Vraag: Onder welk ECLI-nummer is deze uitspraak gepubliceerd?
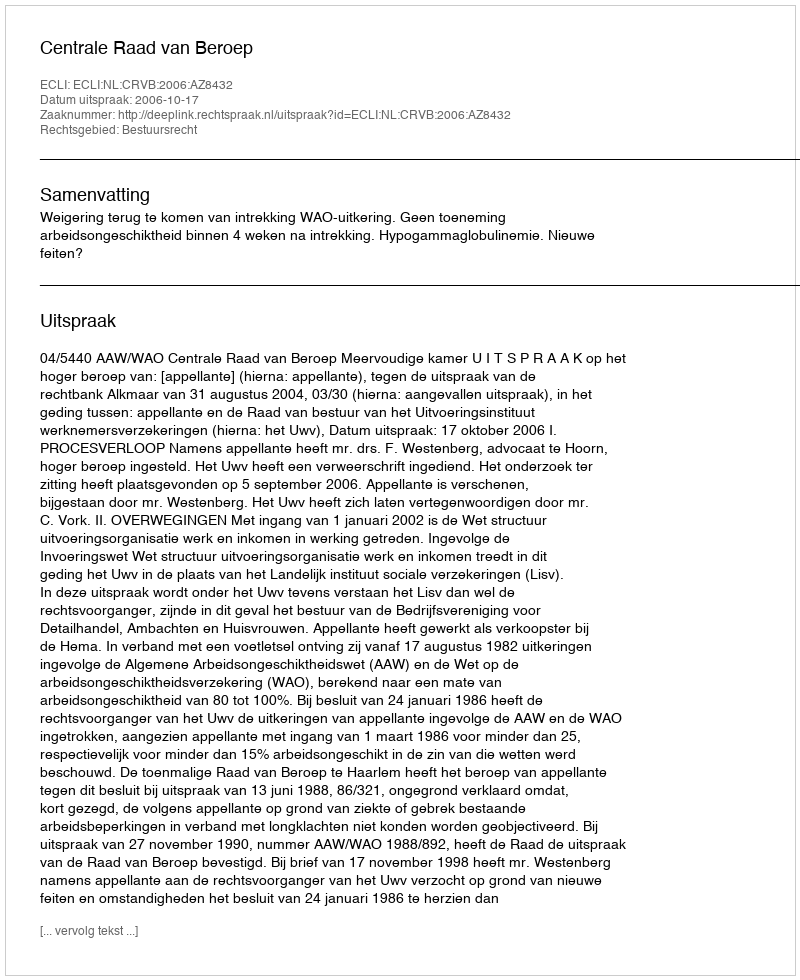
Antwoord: ECLI:NL:CRVB:2006:AZ8432